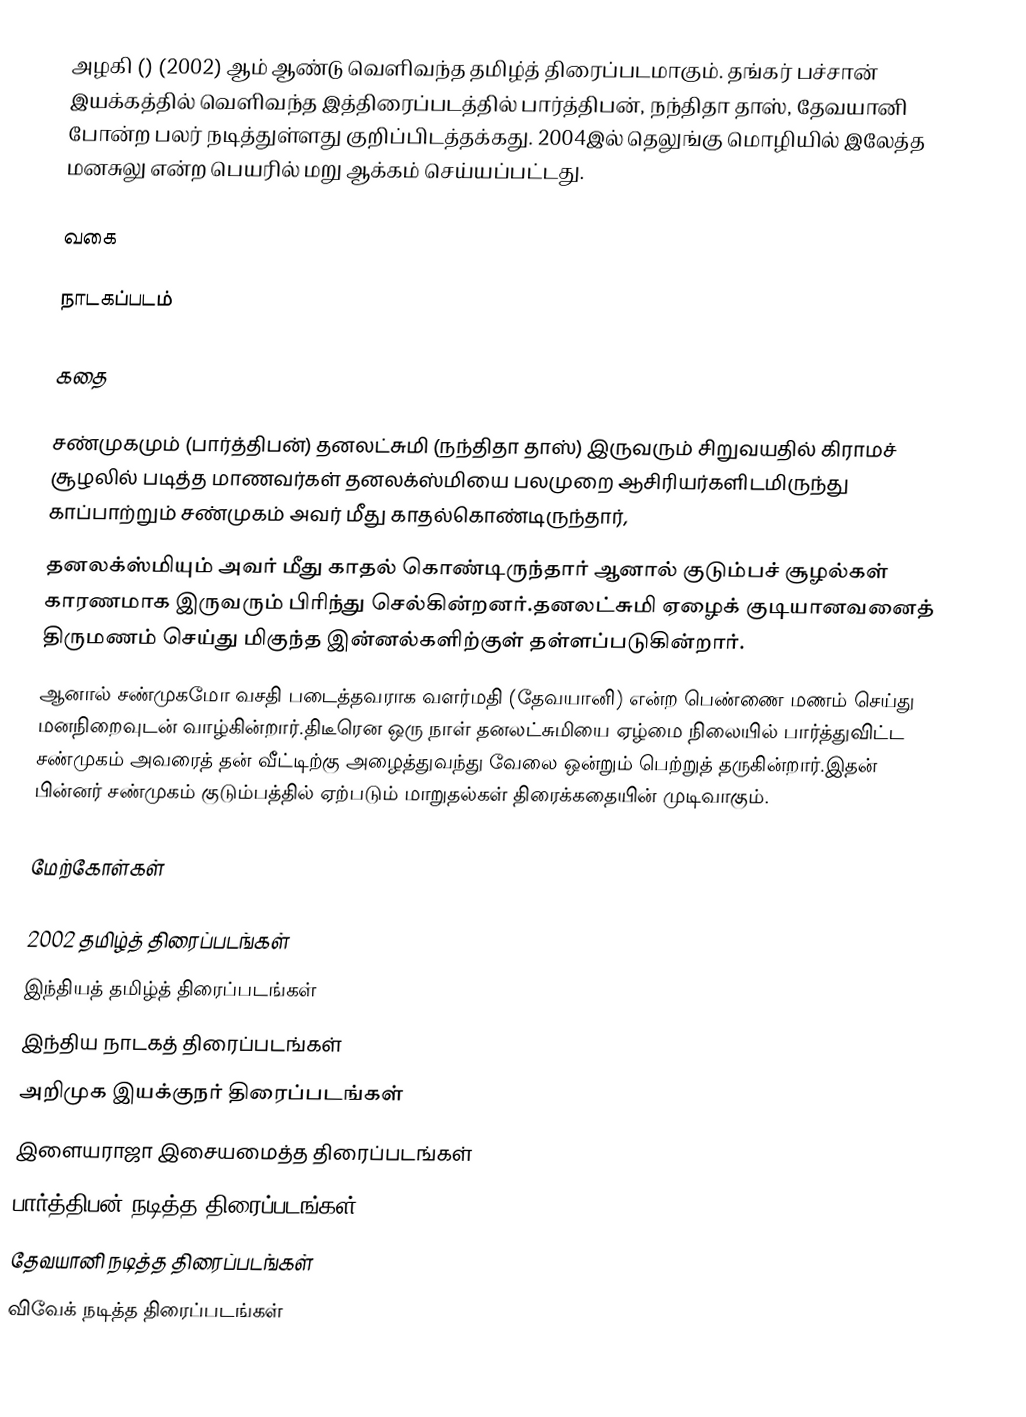
அழகி () (2002) ஆம் ஆண்டு வெளிவந்த தமிழ்த் திரைப்படமாகும். தங்கர் பச்சான் இயக்கத்தில் வெளிவந்த இத்திரைப்படத்தில் பார்த்திபன், நந்திதா தாஸ், தேவயானி போன்ற பலர் நடித்துள்ளது குறிப்பிடத்தக்கது. 2004இல் தெலுங்கு மொழியில் இலேத்த மனசுலு என்ற பெயரில் மறு ஆக்கம் செய்யப்பட்டது.

வகை

நாடகப்படம்

கதை

சண்முகமும் (பார்த்திபன்) தனலட்சுமி (நந்திதா தாஸ்) இருவரும் சிறுவயதில் கிராமச் சூழலில் படித்த மாணவர்கள் தனலக்ஸ்மியை பலமுறை ஆசிரியர்களிடமிருந்து காப்பாற்றும் சண்முகம் அவர் மீது காதல்கொண்டிருந்தார்,
தனலக்ஸ்மியும் அவர் மீது காதல் கொண்டிருந்தார் ஆனால் குடும்பச் சூழல்கள் காரணமாக இருவரும் பிரிந்து செல்கின்றனர்.தனலட்சுமி ஏழைக் குடியானவனைத் திருமணம் செய்து மிகுந்த இன்னல்களிற்குள் தள்ளப்படுகின்றார்.
ஆனால் சண்முகமோ வசதி படைத்தவராக வளர்மதி (தேவயானி) என்ற பெண்ணை மணம் செய்து மனநிறைவுடன் வாழ்கின்றார்.திடீரென ஒரு நாள் தனலட்சுமியை ஏழ்மை நிலையில் பார்த்துவிட்ட சண்முகம் அவரைத் தன் வீட்டிற்கு அழைத்துவந்து வேலை ஒன்றும் பெற்றுத் தருகின்றார்.இதன் பின்னர் சண்முகம் குடும்பத்தில் ஏற்படும் மாறுதல்கள் திரைக்கதையின் முடிவாகும்.

மேற்கோள்கள்

2002 தமிழ்த் திரைப்படங்கள்
இந்தியத் தமிழ்த் திரைப்படங்கள்
இந்திய நாடகத் திரைப்படங்கள்
அறிமுக இயக்குநர் திரைப்படங்கள்
இளையராஜா இசையமைத்த திரைப்படங்கள்
பார்த்திபன் நடித்த திரைப்படங்கள்
தேவயானி நடித்த திரைப்படங்கள்
விவேக் நடித்த திரைப்படங்கள்